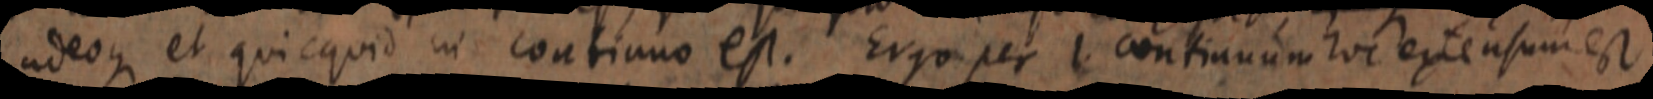
adeoque et quicquid in continuo est. Ergo per l. continuum hoc extensum est